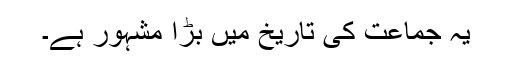
یہ جماعت کی تاریخ میں بڑا مشہور ہے۔